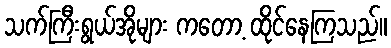
သက်ကြီးရွယ်အိုများ ကတော့ ထိုင်နေကြသည်။